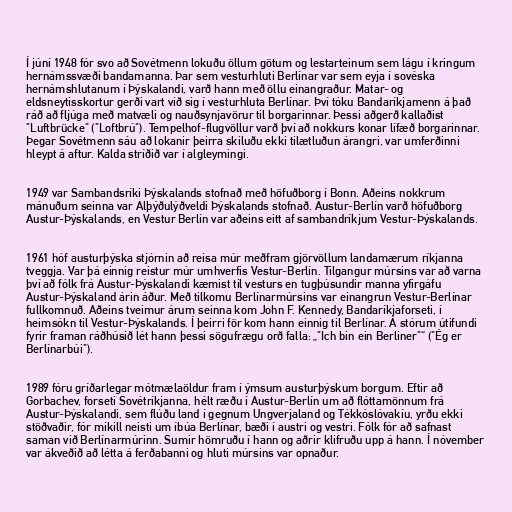
Í júní 1948 fór svo að Sovétmenn lokuðu öllum götum og lestarteinum sem lágu í kringum
hernámssvæði bandamanna. Þar sem vesturhluti Berlínar var sem eyja í sovéska
hernámshlutanum í Þýskalandi, varð hann með öllu einangraður. Matar- og
eldsneytisskortur gerði vart við sig í vesturhluta Berlínar. Því tóku Bandaríkjamenn á það
ráð að fljúga með matvæli og nauðsynjavörur til borgarinnar. Þessi aðgerð kallaðist
"Luftbrücke" ("Loftbrú"). Tempelhof-flugvöllur varð því að nokkurs konar lífæð borgarinnar.
Þegar Sovétmenn sáu að lokanir þeirra skiluðu ekki tilætluðun árangri, var umferðinni
hleypt á aftur. Kalda stríðið var í algleymingi.

1949 var Sambandsríki Þýskalands stofnað með höfuðborg í Bonn. Aðeins nokkrum
mánuðum seinna var Alþýðulýðveldi Þýskalands stofnað. Austur-Berlín varð höfuðborg
Austur-Þýskalands, en Vestur Berlín var aðeins eitt af sambandríkjum Vestur-Þýskalands.

1961 hóf austurþýska stjórnin að reisa múr meðfram gjörvöllum landamærum ríkjanna
tveggja. Var þá einnig reistur múr umhverfis Vestur-Berlín. Tilgangur múrsins var að varna
því að fólk frá Austur-Þýskalandi kæmist til vesturs en tugþúsundir manna yfirgáfu
Austur-Þýskaland árin áður. Með tilkomu Berlínarmúrsins var einangrun Vestur-Berlínar
fullkomnuð. Aðeins tveimur árum seinna kom John F. Kennedy, Bandaríkjaforseti, í
heimsókn til Vestur-Þýskalands. Í þeirri för kom hann einnig til Berlínar. Á stórum útifundi
fyrir framan ráðhúsið lét hann þessi sögufrægu orð falla: „"Ich bin ein Berliner"“ ("Ég er
Berlínarbúi").

1989 fóru gríðarlegar mótmælaöldur fram í ýmsum austurþýskum borgum. Eftir að
Gorbachev, forseti Sovétríkjanna, hélt ræðu í Austur-Berlín um að flóttamönnum frá
Austur-Þýskalandi, sem flúðu land í gegnum Ungverjaland og Tékkóslóvakíu, yrðu ekki
stöðvaðir, fór mikill neisti um íbúa Berlínar, bæði í austri og vestri. Fólk fór að safnast
saman við Berlínarmúrinn. Sumir hömruðu í hann og aðrir klifruðu upp á hann. Í nóvember
var ákveðið að létta á ferðabanni og hluti múrsins var opnaður.